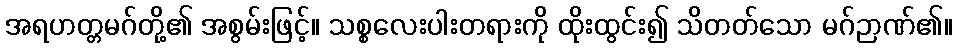
အရဟတ္တမဂ်တို့၏ အစွမ်းဖြင့်။ သစ္စလေးပါးတရားကို ထိုးထွင်း၍ သိတတ်သော မဂ်ဉာဏ်၏။